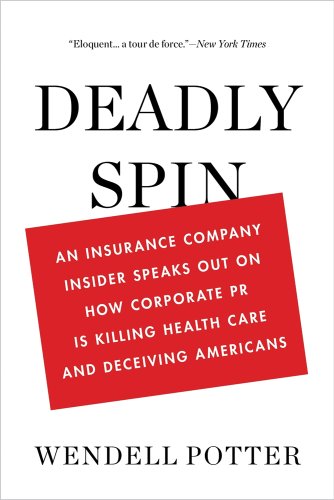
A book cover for Deadly Spin: An Insurance Company Insider Speaks Out on How Corporate PR Is Killing Health Care and Deceiving Americans; Wendell Potter; Medical Books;